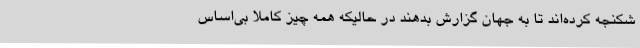
شکنجه کرده‌اند تا به جهان گزارش بدهند در حالیکه همه چیز کاملاً بی‌اساس